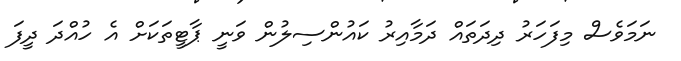
ނަމަވެސް މިފަހަރު ދިދަތައް ދަމާއިރު ކައުންސިލުން ވަނީ ޕާޓީތަކަށް އެ ހުއްދަ ދީފަ